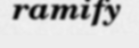
ramify